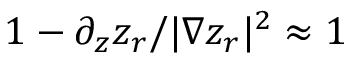
1 - \partial _ { z } z _ { r } / | \nabla z _ { r } | ^ { 2 } \approx 1